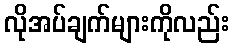
လိုအပ်ချက်များကိုလည်း